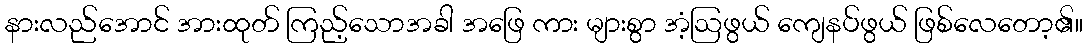
နားလည်အောင် အားထုတ် ကြည့်သောအခါ အဖြေ ကား များစွာ အံ့ဩဖွယ် ကျေနပ်ဖွယ် ဖြစ်လေတော့၏။